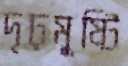
দৃঢ়মুষ্টি